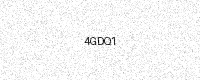
Text: 4GDQ1